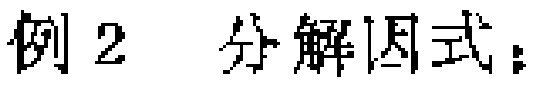
例2 分解因式：